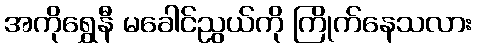
အကိုရွှေနီ မခေါင်ညွယ်ကို ကြိုက်နေသလား